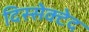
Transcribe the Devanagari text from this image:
दिस्सेक्टेद